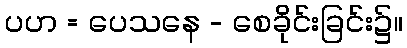
ပဟ = ပေသနေ - စေခိုင်းခြင်း၌။